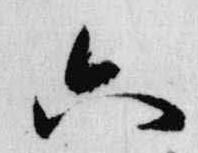
六